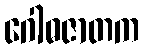
ဂေါဓဇာတက